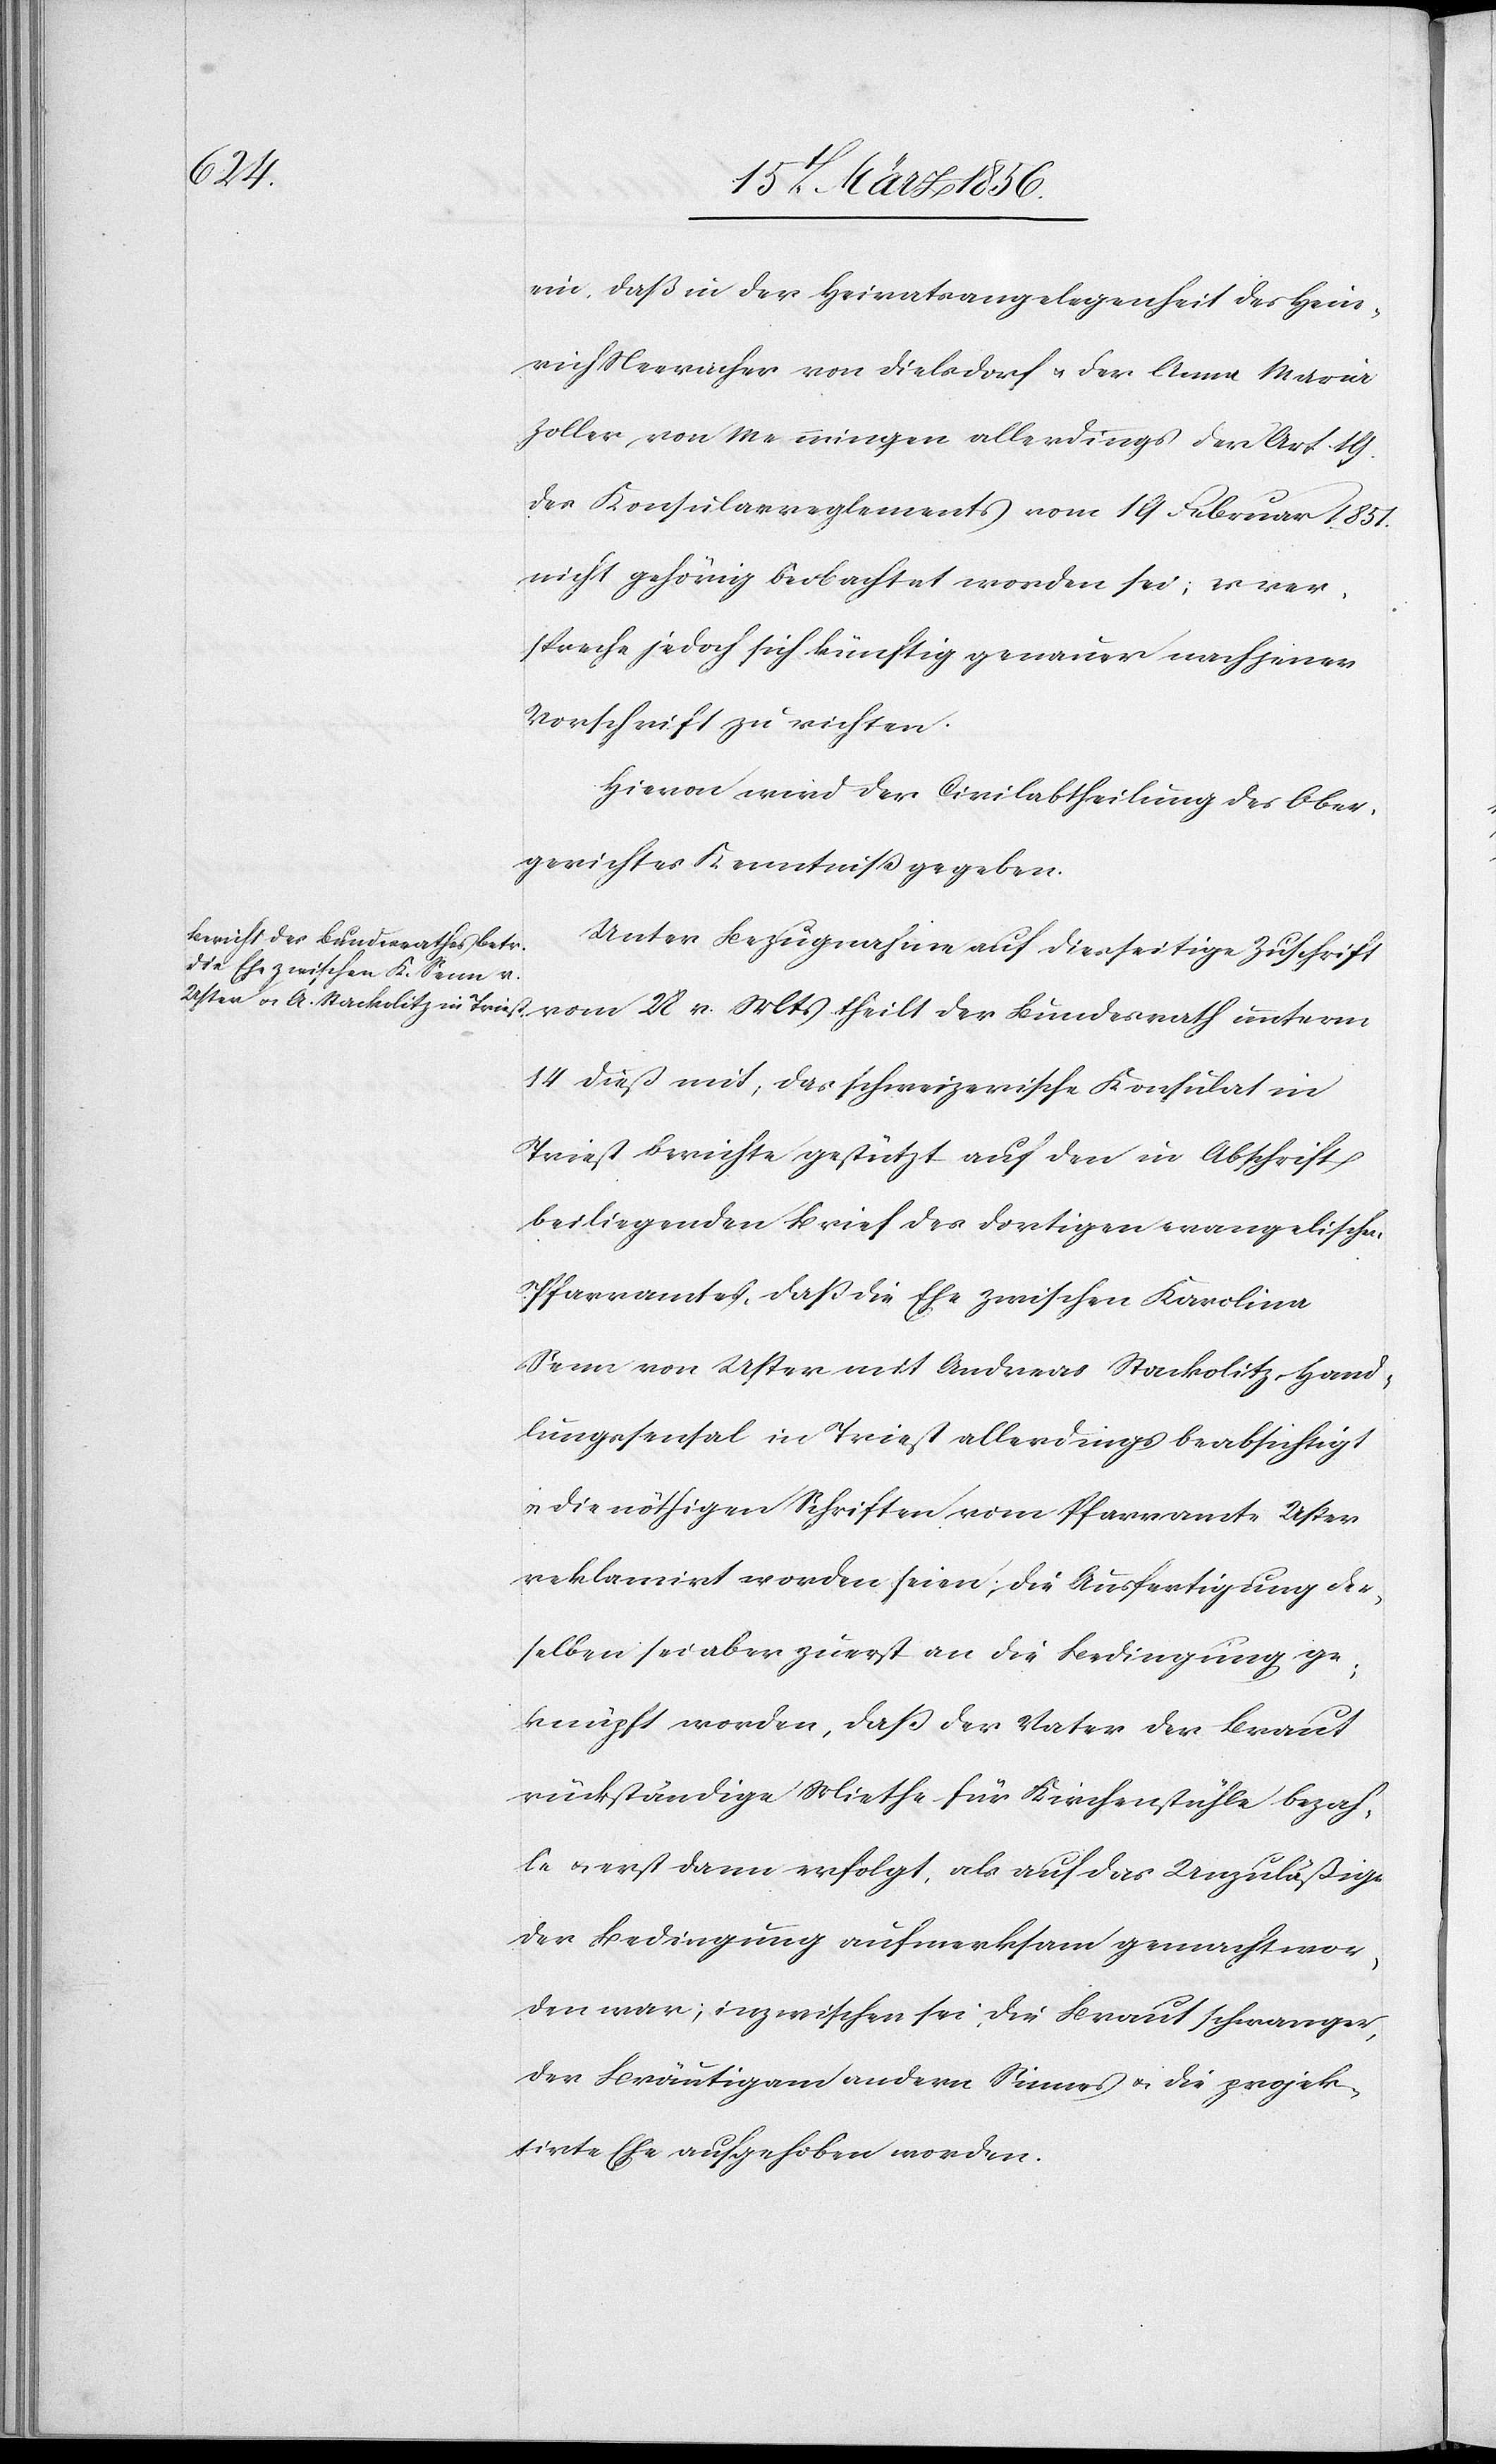
28 v.
17 März 1856.]
ein, daß in der Heiratsangelegenheit des Hein¬
rich Neeracher von Dielsdorf u. der Anna Maria
Zoller, von Meiningen allerdings der Art. 19.
des Konsularreglements vom 19 Februar 1851
nicht gehörig beobachtet worden sei; es ver¬
spreche jedoch sich künftig genauer nach jener
Vorschrift zu richten.
Hievon wird der Civilabtheilung des Ober¬
gerichtes Kenntniß gegeben.
Unter Bezugnahme auf diesseitige Zuschrift
14 dieß mit, das schweizerische Konsulat in
Triest berichte gestützt auf den in Abschrift
beiliegenden Brief des dortigen evangelischen
Pfarramtes, daß die Ehe zwischen Karolina
Senn von Uster mit Andreas Stackolitz Hand¬
lungssensal in Triest allerdings beabsichtigt
u. die nöthigen Schriften vom Pfarramte Uster
reklamirt worden seien; die Ausfertigung der¬
selben sei aber zuerst an die Bedingung ge¬
knüpft worden, daß der Vater der Braut
rückständige Miethe für Kirchenstühle bezah¬
le & erst dann erfolgt, als auf das Unzuläßige
der Bedingung aufmerksam gemacht wor¬
den war; inzwischen sei die Braut schwanger,
der Bräutigam andern Sinnes u. die projek¬
tirte Ehe aufgehoben worden.